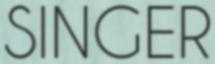
SINGER